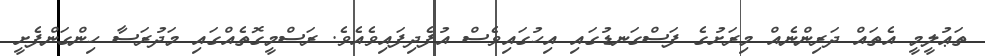
ތަޢުލީމީ އެތައް ދަރިންނެއް މިރަށުގެ ފަސްގަނޑުގައި އިހުގައިވެސް އުފެދިފައިވެއެވެ. ރަސްމީގޮތެއްގައި މަދުރަސާ ހިންގަންފެށީ